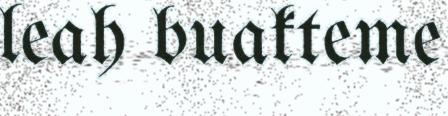
leah buakteme